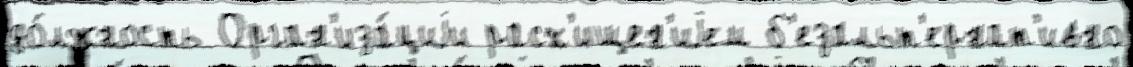
до́лжность Орган'иза́циjи расх'ищен'иjем б'езальт'ернат'ивно